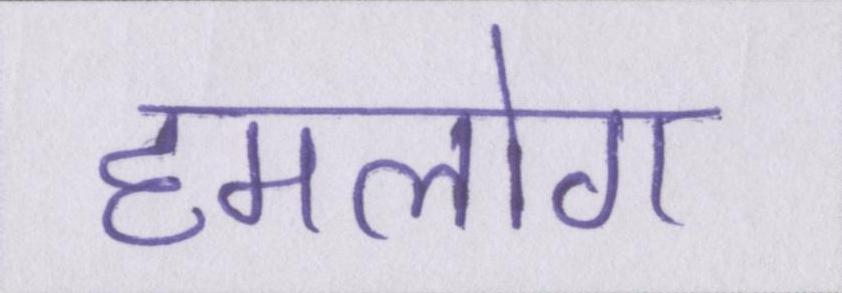
हमलोग